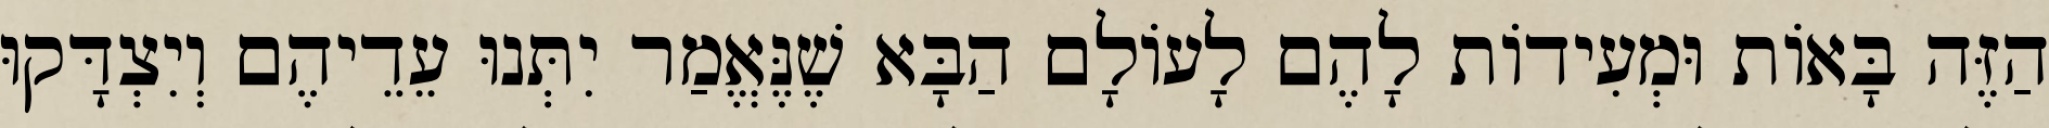
הַזֶּה בָּאוֹת וּמְעִידוֹת לָהֶם לָעוֹלָם הַבָּא שֶׁנֶּאֱמַר יִתְּנוּ עֵדֵיהֶם וְיִצְדָּקוּ